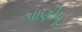
પાણીપૂ